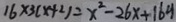
1 6 \times 3 ( x + 2 ) = x ^ { 2 } - 2 6 x + 1 6 4